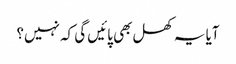
آیا یہ کھل بھی پائیں گی کہ نہیں؟